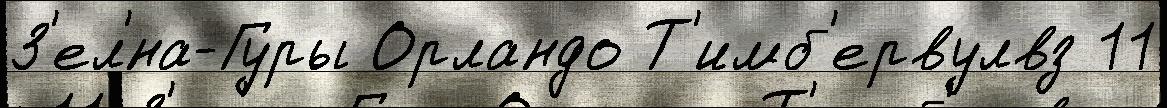
З'ел'́на-Гуры Орландо Т'имб'ервулвз 11